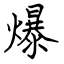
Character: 爆